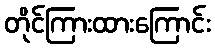
တိုင်ကြားထားကြောင်း